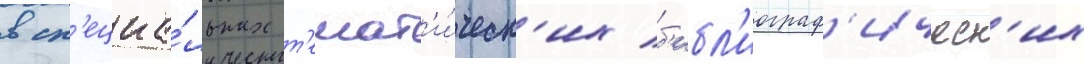
в сп'ециа́льных т'емат'и́ческ'их б'ибл'иограф'ическ'их